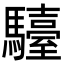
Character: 𩦽